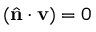
( \hat { \mathbf { n } } \cdot \mathbf { v } ) = 0